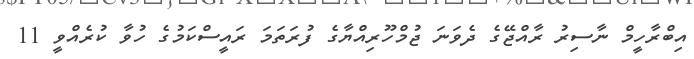
އިބްރާހީމް ނާސިރު ރާއްޖޭގެ ދެވަނަ ޖުމްހޫރިއްޔާގެ ފުރަތަމަ ރައީސްކަމުގެ ހުވާ ކުރެއްވީ 11